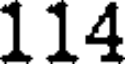
114